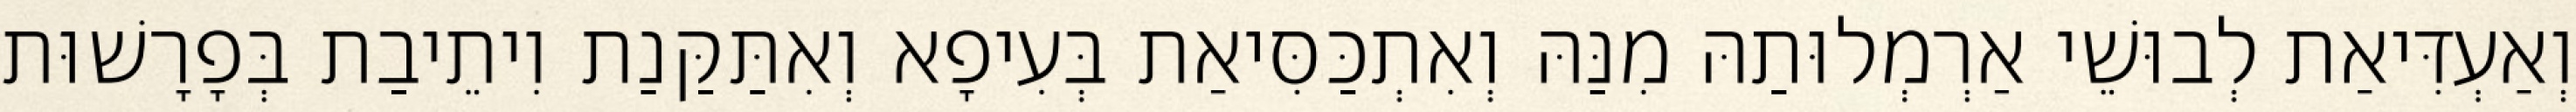
וְאַעְדִּיאַת לְבוּשֵׁי אַרְמְלוּתַהּ מִנַּהּ וְאִתְכַּסִּיאַת בְּעִיפָא וְאִתַּקַּנַת וִיתֵיבַת בְּפָרָשׁוּת